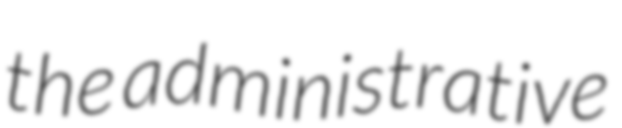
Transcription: the administrative